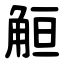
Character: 䚙